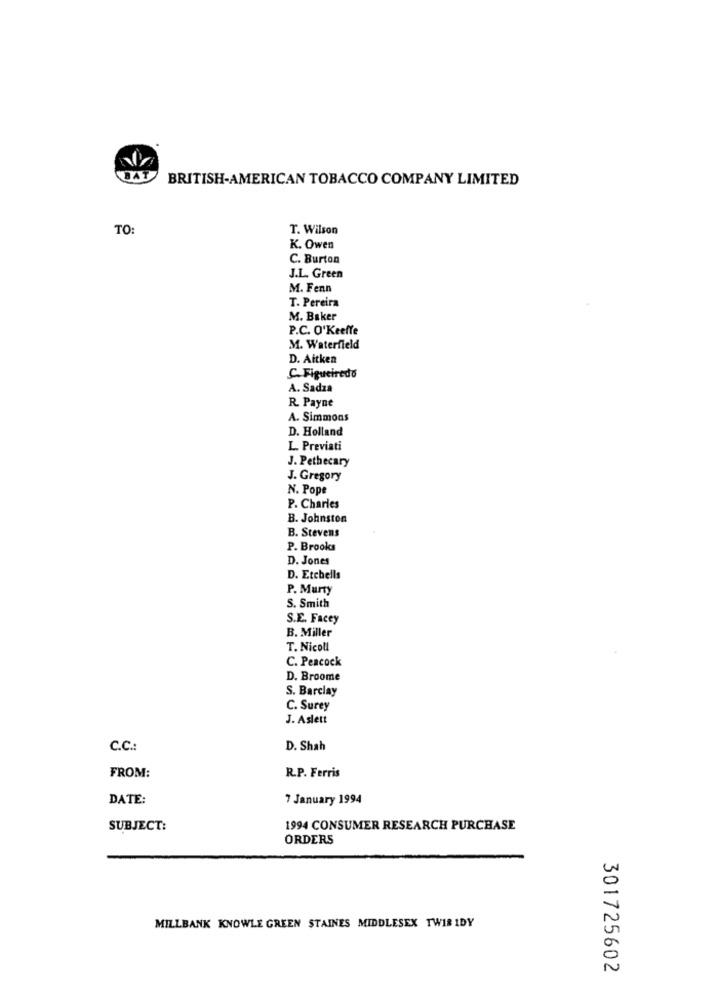
BAT
BRITISH-AMERICAN TOBACCO COMPANY LIMITED
TO:
T. Wilson
K. Owen
C. Burton
J.L. Green
M. Fenn
T. Pereira
M. Baker
P.C. O'Keeffe
M. Waterfield
D. Aitken
C. Figueiredo
A. Sadza
R. Payne
A. Simmons
D. Holland
L. Previati
J. Pethecary
J. Gregory
N. Pope
P. Charles
B. Johnston
B. Stevens
P. Brooks
D. Jones
D. Etchells
P. Murty
S. Smith
S.E. Facey
B. Miller
T. Nicoll
C. Peacock
D. Broome
S. Barclay
C. Surey
J. Aslett
C.C .:
D. Shah
FROM:
R.P. Ferris
DATE:
7 January 1994
SUBJECT:
1994 CONSUMER RESEARCH PURCHASE
ORDERS
MILLBANK KNOWLE GREEN STAINES MIDDLESEX TWIR IDY
301725602